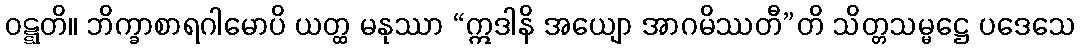
ဝဋ္ဋတိ။ ဘိက္ခာစာရဂါမောပိ ယတ္ထ မနုဿာ “ဣဒါနိ အယျော အာဂမိဿတီ”တိ သိတ္တသမ္မဋ္ဌေ ပဒေသေ